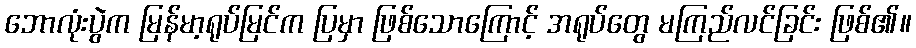
ဘောလုံးပွဲက မြန်မာ့ရုပ်မြင်က ပြမှာ ဖြစ်သောကြောင့် အရုပ်တွေ မကြည်လင်ခြင်း ဖြစ်၏။